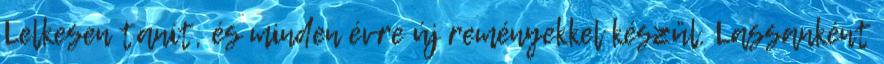
Lelkesen tanít, és minden évre új reményekkel készül. Lassanként